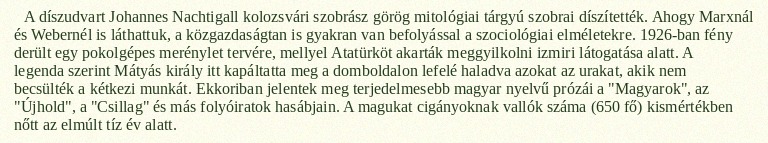
A díszudvart Johannes Nachtigall kolozsvári szobrász görög mitológiai tárgyú szobrai díszítették. Ahogy Marxnál és Webernél is láthattuk, a közgazdaságtan is gyakran van befolyással a szociológiai elméletekre. 1926-ban fény derült egy pokolgépes merénylet tervére, mellyel Atatürköt akarták meggyilkolni izmiri látogatása alatt. A legenda szerint Mátyás király itt kapáltatta meg a domboldalon lefelé haladva azokat az urakat, akik nem becsülték a kétkezi munkát. Ekkoriban jelentek meg terjedelmesebb magyar nyelvű prózái a "Magyarok", az "Újhold", a "Csillag" és más folyóiratok hasábjain. A magukat cigányoknak vallók száma (650 fő) kismértékben nőtt az elmúlt tíz év alatt.